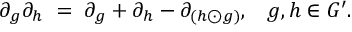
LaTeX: \partial _ { g } \partial _ { h } \; = \; \partial _ { g } + \partial _ { h } - \partial _ { ( h \odot g ) } , \; \; \; g , h \in G ^ { \prime } .